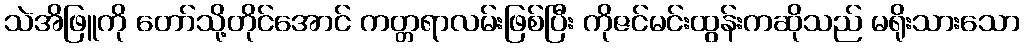
သဲအိဖြူကို တော်သို့တိုင်အောင် ကတ္တရာလမ်းဖြစ်ပြီး ကိုဇင်မင်းထွန်းကဆိုသည် မရိုးသားသော